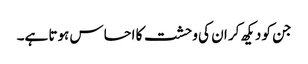
جن کو دیکھ کر ان کی وحشت کا احساس ہوتا ہے۔